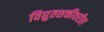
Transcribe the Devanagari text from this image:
विद्युतशक्तीवरील